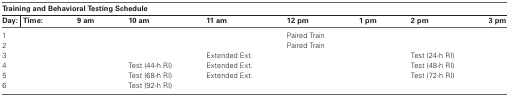
| <COLSPAN=5> Training and Behavioral Testing Schedule |  |  |  |  |
 | Day: | Time: | 9 am | 10 am | 11 am | 12 pm | 1 pm | 2 pm | 3 pm |
 | --- | --- | --- | --- | --- | --- | --- | --- | --- |
 | 1 |  |  |  |  | Paired Train |  |  |  |
 | 2 |  |  |  |  | Paired Train |  |  |  |
 | 3 |  |  |  | Extended Ext. |  |  | Test (24-h RI) |  |
 | 4 |  |  | Test (44-h RI) | Extended Ext. |  |  | Test (48-h RI) |  |
 | 5 |  |  | Test (68-h RI) | Extended Ext. |  |  | Test (72-h RI) |  |
 | 6 |  |  | Test (92-h RI) |  |  |  |  |  |